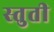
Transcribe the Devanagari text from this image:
स्‍तुती